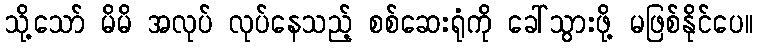
သို့သော် မိမိ အလုပ် လုပ်နေသည့် စစ်ဆေးရုံကို ခေါ်သွားဖို့ မဖြစ်နိုင်ပေ။